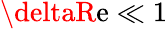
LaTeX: \deltaR\mathrm{e}\ll1